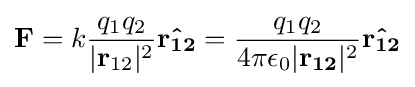
\mathbf {F} =k{\frac {q_{1}q_{2}}{|\mathbf {r} _{12}|^{2}}}\mathbf {\hat {r_{12}}} ={\frac {q_{1}q_{2}}{4\pi \epsilon _{0}|\mathbf {r_{12}} |^{2}}}\mathbf {\hat {r_{12}}}